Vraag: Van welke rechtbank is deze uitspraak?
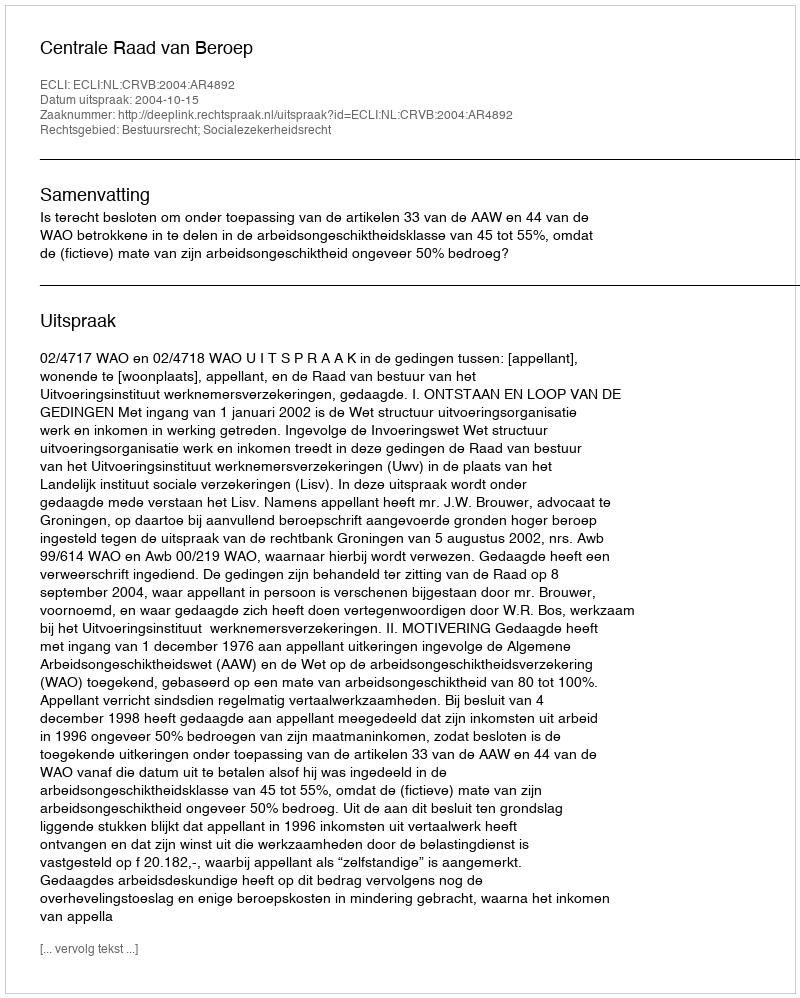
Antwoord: Centrale Raad van Beroep